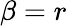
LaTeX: \beta=r